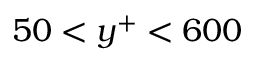
5 0 < y ^ { + } < 6 0 0